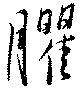
臞